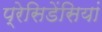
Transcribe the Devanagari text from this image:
प्रेसिडेंसियां